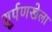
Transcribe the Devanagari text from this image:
शूर्पणखेला